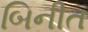
બિનીત